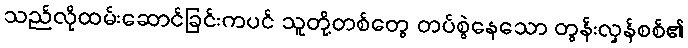
သည်လိုထမ်းဆောင်ခြင်းကပင် သူတို့တစ်တွေ တပ်စွဲနေသော တွန်းလှန်စစ်၏